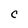
Character: c